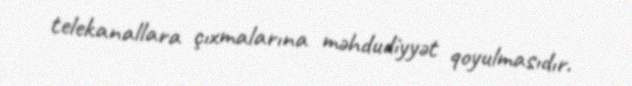
telekanallara çıxmalarına məhdudiyyət qoyulmasıdır.